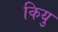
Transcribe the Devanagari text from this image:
कियु